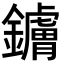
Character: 𬬚